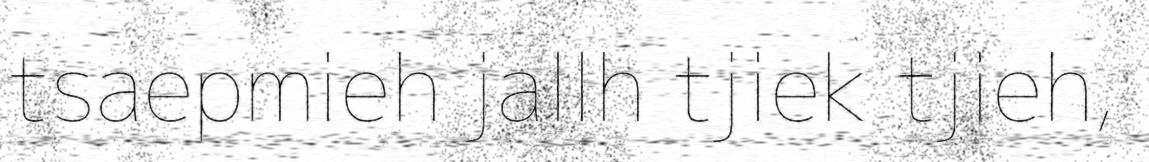
tsaepmieh jallh tjiek tjieh,